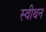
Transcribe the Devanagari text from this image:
स्वीथन